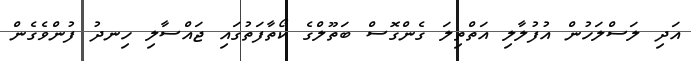
އަދި ލަސްލަހުން އުފުލާލި އަތްތިލަ ގެންގޮސް ބަތޫލްގެ ކޯތާފަތުގައި ޖައްސާލި ހިނދު ފުންވެގެން